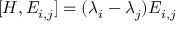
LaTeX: [ H , E _ { i , j } ] = ( \lambda _ { i } - \lambda _ { j } ) E _ { i , j }